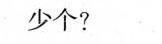
少个?